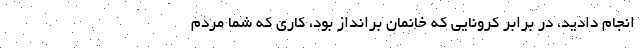
انجام دادید، در برابر کرونایی که خانمان برانداز بود، کاری که شما مردم